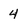
Character: 4